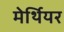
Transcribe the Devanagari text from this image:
मेर्थियर